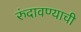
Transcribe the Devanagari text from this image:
रुंदावण्याची